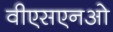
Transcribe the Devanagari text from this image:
वीएसएनओ